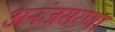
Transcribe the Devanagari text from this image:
अनंजसरणा